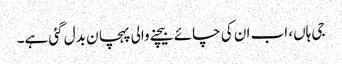
جی ہاں، اب ان کی چائے بیچنے والی پہچا ن بدل گئی ہے۔